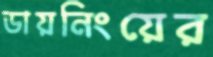
ডায়নিংয়ের